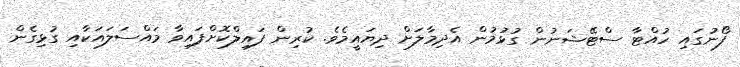
ފޯނުގައި ހުއްޓާ ސްޓޭޝަނުން ގުޅުމުން އެދިމާލަށް ދިޔައީމެވެ. ކުރިން ފައިލްކޮށްފައިވާ މައްސަލައަކާއި ގުޅިގެން